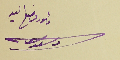
مأمور وضع اليد